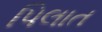
પિલાત